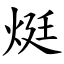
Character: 烶